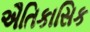
ઐતિકાસિક